Civil Veterinary Department Bengal reports 1933-51 - 1933-1951
Year: 1933
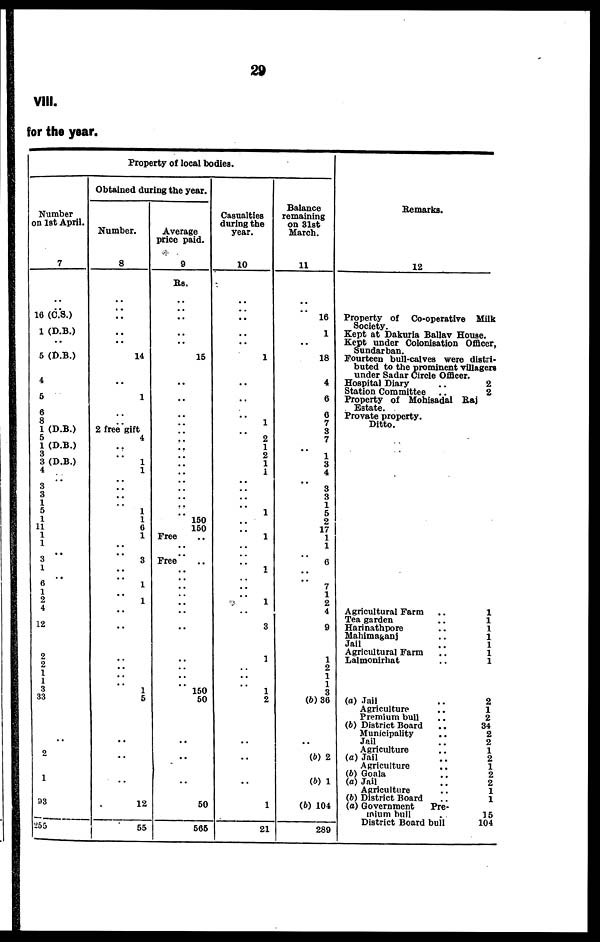
29
VIII.
for the year.
Property of local bodies.
Number
on
1st
April.
7
..
..
16 (C.S.)
1 (D.B.)
..
6 (D.B.)
4
6
6
8
1 (D.B.)
5
1 (D.B.)
3
3 (D.B.)
4
3
3
1
5
1
11
1
1
3
1
6
1
2
4
12
2
2
1
1
3
33
2
1
93
255
Obtained during the year.
Number.
8
..
..
..
..
..
14
..
1
..
.. 2 free gift
4
..
1
1
..
1
1
6
1
..
3
..
1
..
1
..
..
..
..
..
..
1
5
..
..
..
12
55
Average
price paid.
9
Rs.
..
..
..
..
15
..
..
..
..
..
..
..
..
..
..
..
150
150
Free
Free
..
..
..
..
..
..
..
150
50
..
..
..
50
566
Casualties
during the
year.
10
..
..
..
..
1
..
..
..
1
..
2
1
2
1
1
..
1
..
..
1
..
1
..
..
1
..
3
..
1
..
..
..
1
2
..
..
..
..
1
21
Balance
remaining
on 31st
March.
11
..
..
16
1
18
4
6
6
7
3
7
1
3
4
3
3
1
5
2
17
1
1
6
..
7
1
2
4
9
1
2
1
1
3
(b) 36
(b) 2
(b) 1
(b) 104
289
Remarks.
12
Property of Co-operative Milk
Society.
Kept at Dakurla Ballav House.
Kept under Colonisation Officer,
Sundarban.
Fourteen bull-calves were distri-
buted to the prominent villagers
under Sadar Circle Officer.
Hospital Diary
..
2
Station Committee
..
2
Property of Mohisadal Raj
Estate.
Provate property.
Ditto.
Agricultural Farm
..
1
Tea garden
..
1
Harinathpore
..
1
Mahimaganj
..
1
Jail
..
1
Agricultural Farm
..
1
Lalmonirhat
..
1
(a) Jail
..
2
Agriculture
..
1
Premium bull
..
2
(b) District Board
..
34
Municipality
..
2
Jail
..
2
Agriculture
..
1
(a) Jail
..
2
Agriculture
..
1
(b) Goala
..
2
(a) Jail
..
2
Agriculture
..
1
(b) District Board
..
1
(a) Government
Pre-
mium
bull
..
15
District Board bull
104